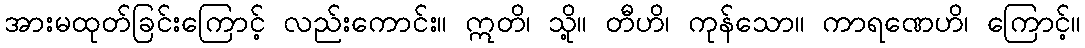
အားမထုတ်ခြင်းကြောင့် လည်းကောင်း။ ဣတိ၊ သို့။ တီဟိ၊ ကုန်သော။ ကာရဏေဟိ၊ ကြောင့်။